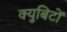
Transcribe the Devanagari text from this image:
क्युबिटों